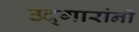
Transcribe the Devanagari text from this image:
उद्गारांनी